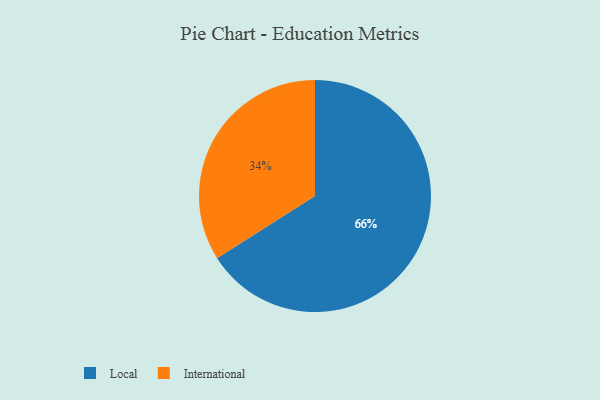
{"axis": {"x": "Category", "y": "Percentage"}, "legend": ["International", "Local"], "data": [{"x": "International", "y": 34, "type": "International"}, {"x": "Local", "y": 66, "type": "Local"}]}